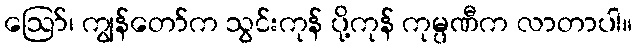
ဪ၊ ကျွန်တော်က သွင်းကုန် ပို့ကုန် ကုမ္ပဏီက လာတာပါ။